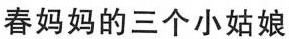
春妈妈的三个小姑娘